画像に写った文字を読んでください
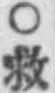
「○救」と書いてあります